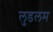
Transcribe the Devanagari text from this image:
लुडलम